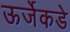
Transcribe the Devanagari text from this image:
ऊर्जेकडे